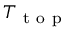
T _ { \mathrm { ~ t ~ o ~ p ~ } }